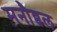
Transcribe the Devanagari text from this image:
मनौव्वल